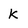
Character: K